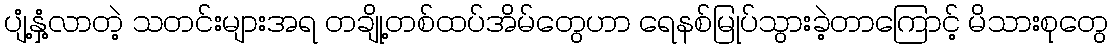
ပျံ့နှံ့လာတဲ့ သတင်းများအရ တချို့တစ်ထပ်အိမ်တွေဟာ ရေနစ်မြုပ်သွားခဲ့တာကြောင့် မိသားစုတွေ